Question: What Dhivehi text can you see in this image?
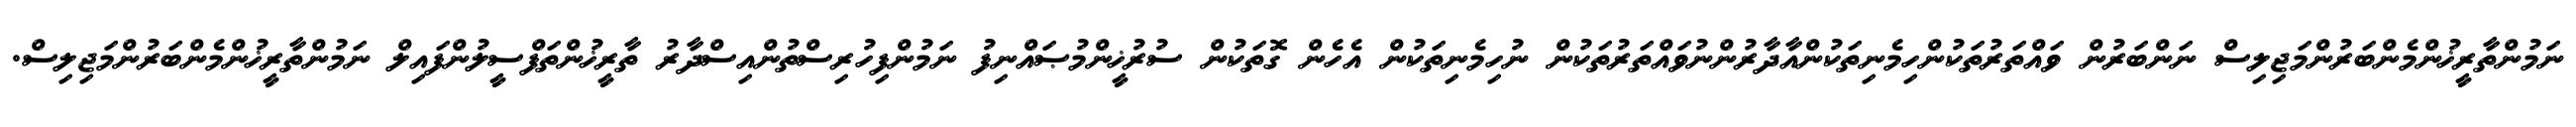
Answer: ނަމުންތާރީޚުންމެންބަރުންމަޖިލިސް ނަންބަރުން ވައްތަރުތަކުންހިމެނިތަކުންއާދާރުންނުވައްތަރުތަކުން ނުހިމެނިތަކުން އެހެން ގޮތަކުން ސުރުޚީންމުޞައްނިފު ނަމުންފިހުރިސްތުންއިސްދާރު ތާރީޚުންތަފްސީލުންފައިލް ނަމުންތާރީޚުންމެންބަރުންމަޖިލިސް.